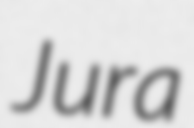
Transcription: Jura